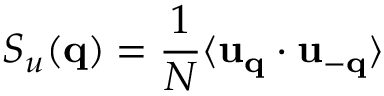
S _ { u } ( { \bf q } ) = \frac { 1 } { N } \langle { \bf u } _ { \bf q } \cdot { \bf u } _ { - \bf q } \rangle